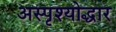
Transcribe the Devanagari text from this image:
अस्पृश्योद्धार